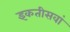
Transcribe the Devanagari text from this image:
इकतीसवां